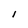
Character: 1